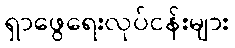
ရှာဖွေရေးလုပ်ငန်းများ